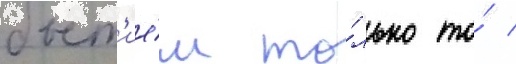
быт'ие́м то́лько то́ /